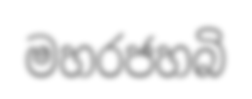
මහරජහබි